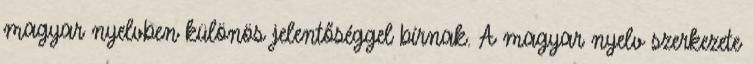
magyar nyelvben különös jelentőséggel bírnak. A magyar nyelv szerkezete